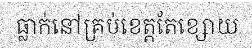
ធ្លាក់នៅគ្រប់ខេត្តតែខ្សោយ